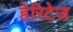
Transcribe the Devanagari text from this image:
हेरिटेज